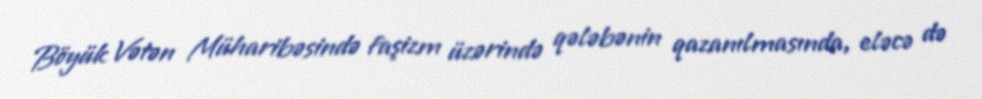
Böyük Vətən Müharibəsində faşizm üzərində qələbənin qazanılmasında, eləcə də